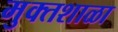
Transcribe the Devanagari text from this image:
मुक्तशाळा